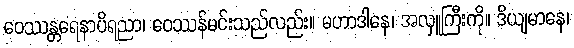
ဝေဿန္တရေနာပိရညာ၊ ဝေဿန်မင်းသည်လည်း။ မဟာဒါနေ၊ အလှူကြီးကို။ ဒိယျမာနေ၊